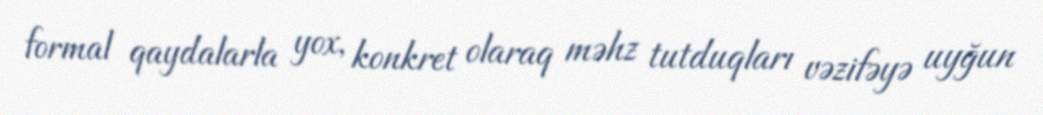
formal qaydalarla yox, konkret olaraq məhz tutduqları vəzifəyə uyğun